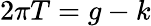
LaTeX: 2\pi T=g-k